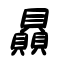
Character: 贔